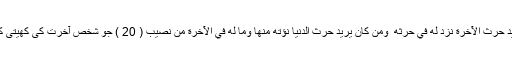
اور وہ زور والا (اور) زبردست ہےمَن كَانَ يُرِيدُ حَرْثَ الْآخِرَةِ نَزِدْ لَهُ فِي حَرْثِهِ ۖ وَمَن كَانَ يُرِيدُ حَرْثَ الدُّنْيَا نُؤْتِهِ مِنْهَا وَمَا لَهُ فِي الْآخِرَةِ مِن نَّصِيبٍ ( 20 ) جو شخص آخرت کی کھیتی کا خواستگار ہو اس کو ہم اس میں سے دیں گے۔